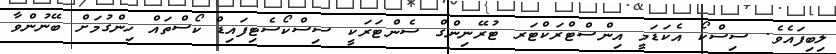
ލިބިފައެވެ. ސިސްކޯ އެކަޑަމީ އިންސްޓްރަކްޓަރ ޓުރޭނިންގް ސެންޓަރަކީ ސިސްކޯސެޓިފައިޑް ކޯސްތައް ހިންގުމަށް ބޭނުންވާ